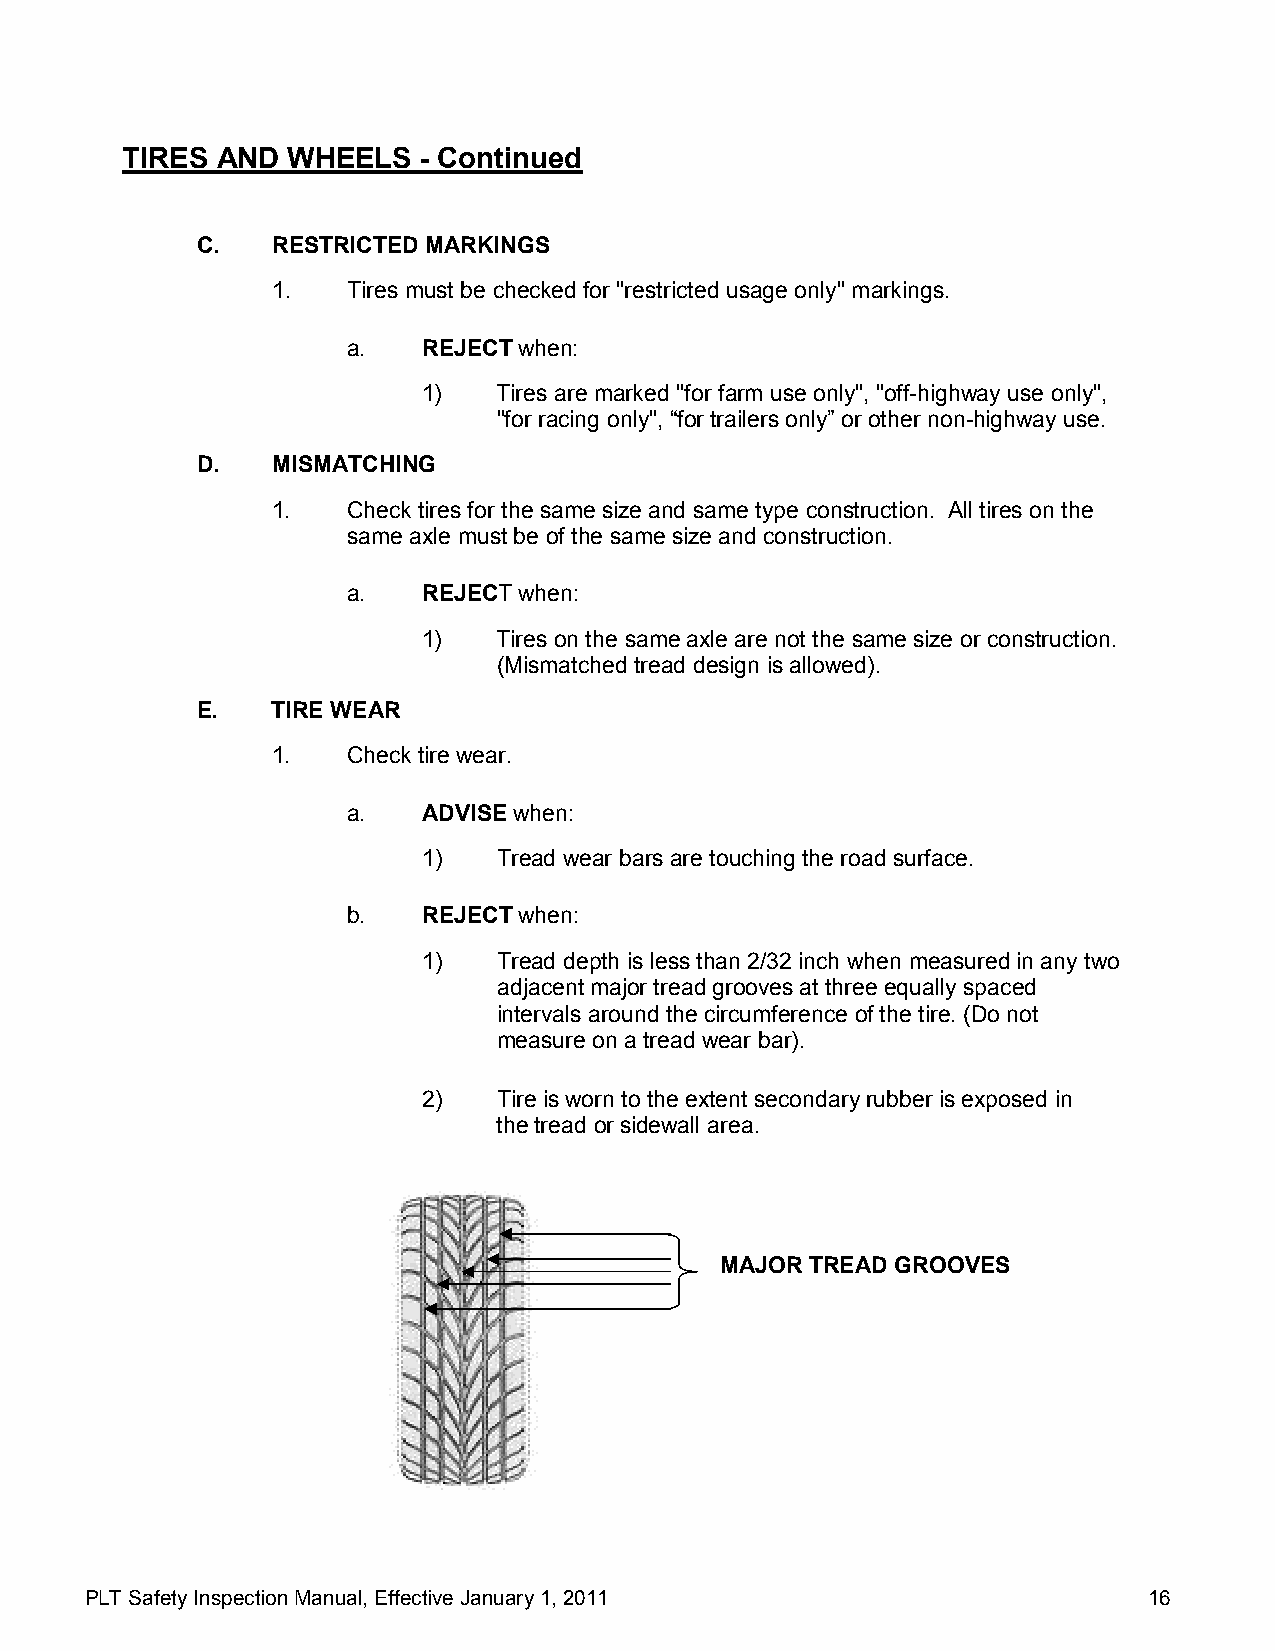
TIRES AND  WHEELS   - Continued
 C.   RESTRICTED MARKINGS
 1.   Tires must be checked for "restricted usage only" markings.
 a.   REJECT when:
 1)   Tires are marked "for farm use only", "off-highway use only",
 "for racing only", “for trailers only” or other non-highway use.
 D.   MISMATCHING
 1.   Check tires for the same size and same type construction. All tires on the
 same axle must be of the same size and construction.
 a.   REJECT when:
 1)   Tires on the same axle are not the same size or construction.
 (Mismatched tread design is allowed).
 E.   TIRE WEAR
 1.   Check tire wear.
 a.   ADVISE when:
 1)   Tread wear bars are touching the road surface.
 b.   REJECT when:
 1)   Tread depth is less than 2/32 inch when measured in any two
 adjacent major tread grooves at three equally spaced
 intervals around the circumference of the tire. (Do not
 measure on a tread wear bar).
 2)   Tire is worn to the extent secondary rubber is exposed in
 the tread or sidewall area.
 MAJOR TREAD GROOVES
 PLT Safety Inspection Manual, Effective January 1, 2011               16